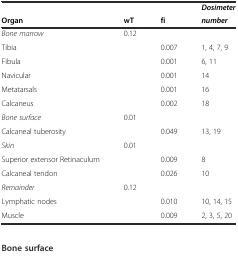
|  |  |  | Dosimeter |
 | Organ | wT | fi | number |
 | --- | --- | --- | --- |
 | Bone marrow | 0.12 |  |  |
 | Tibia |  | 0.007 | 1, 4, 7, 9 |
 | Fibula |  | 0.001 | 6, 11 |
 | Navicular |  | 0.001 | 14 |
 | Metatarsals |  | 0.001 | 16 |
 | Calcaneus |  | 0.002 | 18 |
 | Bone surface | 0.01 |  |  |
 | Calcaneal tuberosity |  | 0.049 | 13, 19 |
 | Skin | 0.01 |  |  |
 | Superior extensor Retinaculum |  | 0.009 | 8 |
 | Calcaneal tendon |  | 0.026 | 10 |
 | Remainder | 0.12 |  |  |
 | Lymphatic nodes |  | 0.010 | 10, 14, 15 |
 | Muscle |  | 0.009 | 2, 3, 5, 20 |